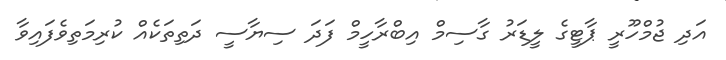
އަދި ޖުމްހޫރީ ޕާޓީގެ ލީޑަރު ގާސިމް އިބްރާހީމް ފަދަ ސިޔާސީ ދަތިތަކެއް ކުރިމަތިވެފައިވާ